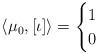
LaTeX: \begin{align*}\langle \mu_0, [\iota]\rangle = \begin{cases}1 & \\0& \end{cases}\end{align*}